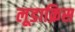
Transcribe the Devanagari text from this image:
लूडाक्रिस